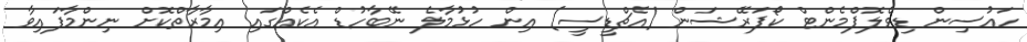
ހައުސިން ޑިވެލޮޕްމެންޓް ކޯޕަރޭޝަން (އެޗްޑީސީ) އިން ހުޅުމާލެ ނޭބާހުޑް އެކެއްގައި އިމާރާތްކޮށް ނިންމާފައިވާ